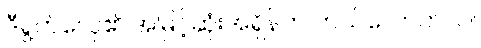
ဒီရွက်လှေ၏ အမြင့်ဆုံးအရှိန်က ဘယ်လောက်လဲ။